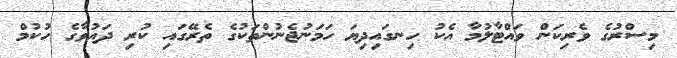
މިސްރުގެ ވެރިކަން ވައްޓާލުމާ އެކު ހިނގައިދިޔަ ހަމަނުޖެނުންތަކުގެ ތެރޭގައި ކުރި ދައުވާގެ ހުކުމް